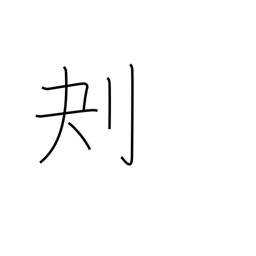
Meaning: scoop out